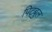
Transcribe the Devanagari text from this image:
पिट्बुल